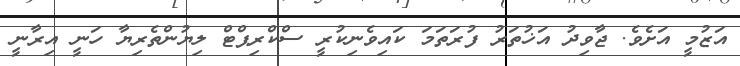
އަޒުމީ އަށެވެ. ޖާވިދު އަޚުތަރު ފުރަތަމަ ކައިވެނިކުރީ ސްކްރިޕްޓް ލިޔުންތެރިޔާ ހަނީ އިރާނީ